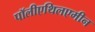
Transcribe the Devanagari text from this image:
पॉलीएथिलएमीन